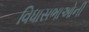
વિધાસભાઓની